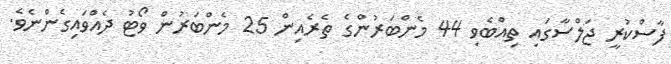
ފާސްކުރީ ޖަލްސާގައި ތިއްބެވި 44 މެންބަރުންގެ ތެރެއިން 25 މެންބަރުން ވޯޓު ދެއްވައިގެންނެވެ.